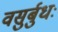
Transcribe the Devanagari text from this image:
वसुर्बुधः